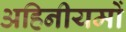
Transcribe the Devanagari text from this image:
अहिनीयमों